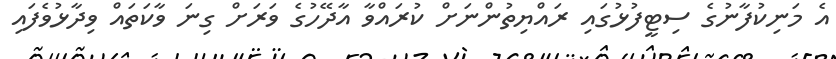
އެ މަނިކުފާނުގެ ސިޓީފުޅުގައި ރައްޔިތުންނަށް ކުރައްވާ އާދޭހުގެ ވަރަށް ގިނަ ވާކަތައް ވިދާޅުވެފައިި